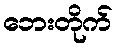
ဘေးတိုက်